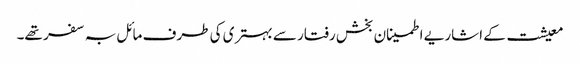
معیشت کے اشاریے اطمینان بخش رفتار سے بہتری کی طرف مائل بہ سفر تھے۔